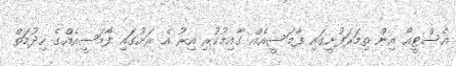
އެސްޓީއޯ އިން ތިމަރަފުށީގައި ފާމަސީއެއް ގާއިމުކުރި އިރު އެ ރަށުގައި ފާމަސީއެއްގެ ހިދުމަތް